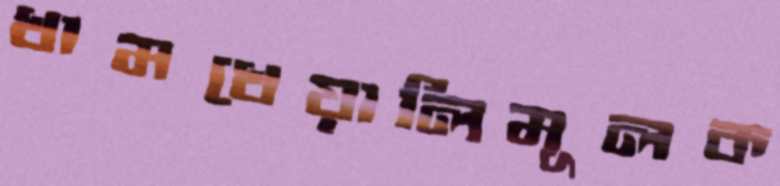
খামখেয়ালিমূলক